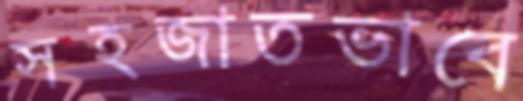
সহজাতভাবে